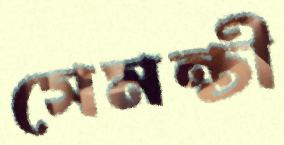
সেমন্তী